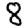
Digit: 8